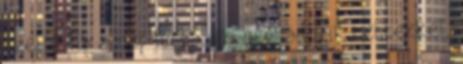
szelíd. Ha a nép lusta, és nem adózik tettekkel,